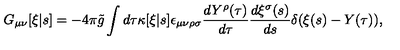
G _ { \mu \nu } [ \xi | s ] = - 4 \pi \tilde { g } \int d \tau \kappa [ \xi | s ] \epsilon _ { \mu \nu \rho \sigma } \frac { d Y ^ { \rho } ( \tau ) } { d \tau } \frac { d \xi ^ { \sigma } ( s ) } { d s } \delta ( \xi ( s ) - Y ( \tau ) ) ,